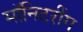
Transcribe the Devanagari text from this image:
मॉनिटरींग